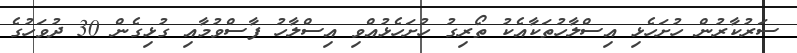
ސަރުކާރުން ހުށަހެޅި އިސްލާހުތަކާއެކު ތޯރިގު ހުށަހެޅުއްވި އިސްލާހު ފާސްވުމާއި ގުޅިގެން 30 ދުވަހުގެ